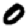
Digit: 0